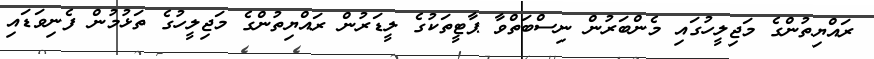
ރައްޔިތުންގެ މަޖިލީހުގައި މެންބަރުން ނިސްބަތްވާ ޕާޓީތަކުގެ ލީޑަރުން ރައްޔިތުންގެ މަޖިލީހުގެ ތަޅުމުން ފެނިވަޑައި